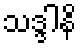
သဒ္ဒါနိ